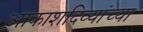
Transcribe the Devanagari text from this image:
आकाशदिव्यांच्या